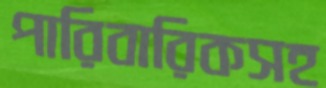
পারিবারিকসহ